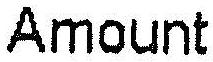
AMOUNT